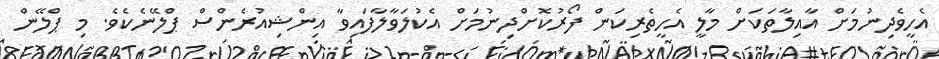
އެހީވެދިނުމަށް އާއިލާތަކަށް މާލީ އެހީތެރިކަން ފޯރުކޮށްދިނުމަށް އެކުލަވާލާފައިވާ އިންޝިއުރެންސް ޕްލޭނެކެވެ. މި ޕްލޭން